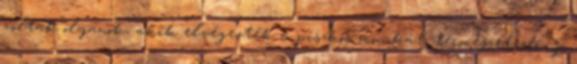
voltak olyanok, akik elvégezték a piszkos munkát, természetesen jó